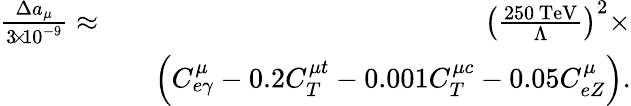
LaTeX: \begin{array}{rlr}{\frac{\Delta a_{\mu}}{3\! \times\! 10^{-9}}\approx}&{}&{\left(\frac{250\, \mathrm{TeV}}{\Lambda}\right)^{2}\times}\\ &{}&{\left(C_{e\gamma}^{\mu}-0.2C_{T}^{\mu t}-0.001C_{T}^{\mu c}-0.05C_{eZ}^{\mu}\right).}\end{array}